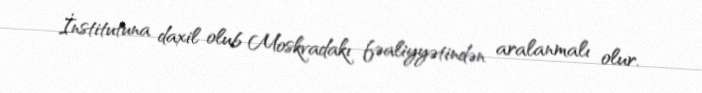
İnstitutuna daxil olub Moskvadakı fəaliyyətindən aralanmalı olur.